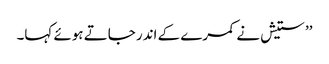
’’ستیش نے کمرے کے اندر جاتے ہوئے کہا۔